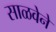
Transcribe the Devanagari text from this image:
साळवेने